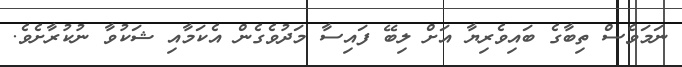
ނަމަވެސް ތިބާގެ ބައިވެރިޔާ އަށް ލިބޭ ފައިސާ މަދުވެގެން އެކަމާއި ޝަކުވާ ނުކުރާށެވެ.